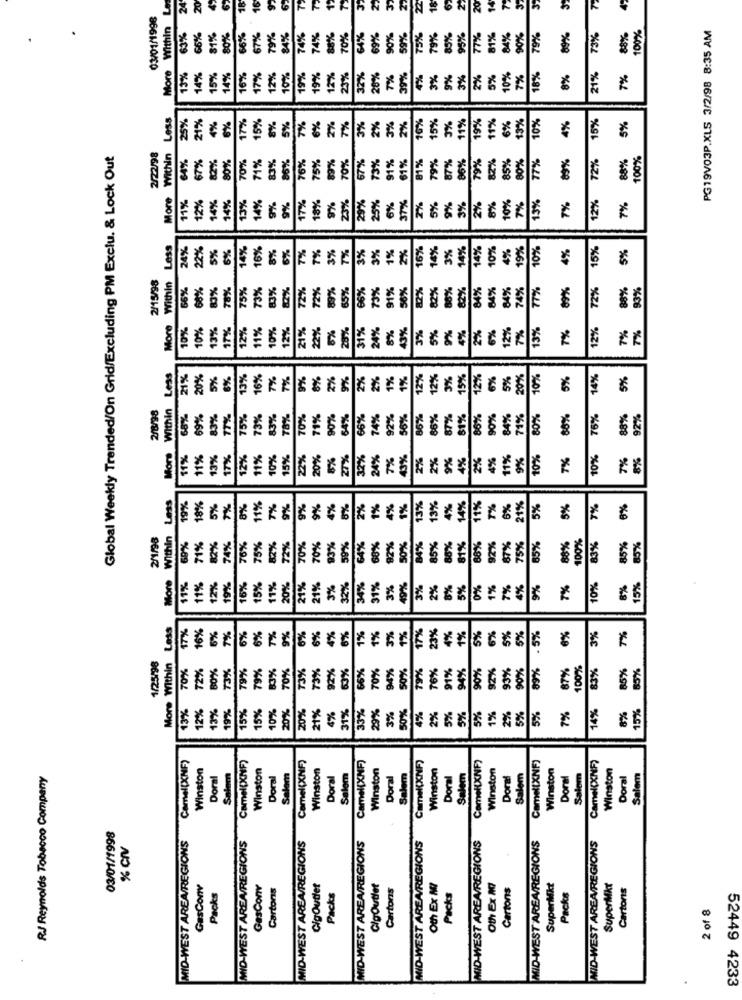
Within Le
24
20
18
16
20
03/01/1998
K
100%
PG19V03P.XLS 3/2/98 8:35 AM
63%
66%
81%
80%
36%
67%
79%
84%
74%
74%
70%
4%
69%
90%
59%
75%
79%
85%
77%
81%
84%
30%
79%
89%
73%
88%
More
15%
14%
15%
14%
16%
17%
12%
10%
19%
19%
12%
23%
32%
28%
7%
39%
4%
3%
9%
3%
2%
5%
10%
7%
18%
8%
21%
7%
Within Less
17%
15%
6%
2%
10%
15%
3%
1%
6%
3%
10%
4%
15%
5%
25%
21%
6%
8%
5%
7%
7%
3%
2%
2%
19%
11%
Global Weekly Trended/On Grid/Excluding PM Exclu. & Lock Out
2/22/98
70%
83%
86%
76%
75%
89%
61%
1%
87%
86%
82%
80%
17%
89%
72%
88%
100%
64%
677
827
80%
71%
70%
57%
73%
91%
79%
79%
85%
More
13%
14%
9%
18%
23%
20%
25%
6%
5%
9%
3%
8%
10%
13%
12%
11%
12%
14%
14%
%
17%
9%
37%
2%
2%
7%
7%
Less
24%
22%
5%
6%
14%
16%
8%
6%
7%
7%
3%
7%
3%
1%
2%
16%
14%
3%
4%
14%
10%
4%
19%
10%
4%
15%
5%
3%
2/15/98
Within
66%
68%
80%
78%
75%
73%
83%
2%
72%
89%
66%
73%
91%
56%
82%
82%
88%
82%
84%
84%
84%
74%
77%
89%
72%
88%
33%
72X
65%
12%
More
10%
10%
17%
12%
11%
10%
12%
21%
22%
5%
28%
31%
24%
8%
43%
5%
9%
4%
6%
12%
13%
7%
7%
13%
3%
2%
7%
7%
Less
21%
20%
57
6%
13%
16%
7%
7%
9%
8%
2%
9%
2%
2%
1%
1%
12%
12%
3%
15%
12%
6%
5%
20%
10%
5%
14%
5%
2/8/98
Within
68%
69%
83%
17%
75%
73%
85%
78%
70%
71%
90%
64%
66%
74%
92%
56%
86%
86%
87%
81%
66%
90%
84%
71%
80%
88%
76%
88%
92%
Mors
11%
1%
13%
17%
2%
11%
10%
5%
22%
20%
27%
32%
24%
7%
13%
2%
2%
9%
4%
2%
4%
11%
9%
10%
7%
10%
7%
8%
Less
4%
1%
4%
13%
14%
19%
18%
5%
7%
8%
11%
7%
9%
9%
9%
2%
1%
13%
4%
11%
T%
6%
21%
5%
5%
7%
6%
2/1/98
Within
60%
68%
92%
85%
68%
100%
71%
82%
74%
76%
75%
82%
72%
70%
70%
93%
59%
64%
50%
84%
88%
81%
92%
87%
75%
85%
88%
83%
85%
35%
More
10%
15%
11%
11%
12%
19%
16%
15%
11%
20%
21%
21%
5%
32%
34%
91%
3%
49%
3%
2%
8
5%
0%
1%
7%
9%
7%
8%
Less
16%
7%
6%
6%
9%
1%
6%
5%
6%
17%
6%
T%
6%
6%
4%
6%
1%
3%
1%
17%
23%
4%
1%
5%
5%
.5%
3%
7%
1/25/98
More Within
70%
72%
80%
79%
79%
80%
70%
73%
73%
92%
63%
66%
70%
50%
79%
76%
91%
94%
90%
92%
89%
87%
100%
83%
85%
85%
93%
90%
13%
12%
13%
19%
15%
15%
10%
20%
31%
33%
29%
3%
50%
4%
2%
5%
5%
5%
1%
2%
5%
5%
7%
14%
15%
20%
21%
4%
8%
Camel[XNF)
Camel(XNF)
Camel(XNF)
Camel(XNF)
Camel(XNF)
Camel(XNF)
Winston
Camel(XNF)
Winston
Camel(XNF)
Winston
Winston
Winston
Winston
Winston
Winston
RJ Reynolds Tobacco Company
Doral
Salem
Doral
Salem
Doral
Salem
Doral
Salem
Doral
Salem
Doral
Salem
Doral
Salom
Doral
Salem
03/01/1998
MID-WEST AREA/REGIONS
MID-WEST AREA/REGIONS
MID-WEST AREA/REGIONS
MID-WEST AREA/REGIONS
MID-WEST AREA/REGIONS
MID-WEST AREA/REGIONS
MID-WEST AREA/REGIONS
% CNV
MID-WEST AREA/REGIONS
GasConv
Packs
GasConv
Cartons
CigOutlet
ClgOutlet
Cartons
Oth Ex MI
Oth Ex M
Cartons
SuperMkt
SuperMkt
Cartons
Packs
Packs
Packs
2 of 8
..
52449 4233